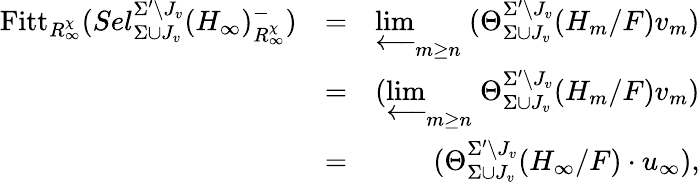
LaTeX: \begin{array}{rlr}{\mathrm{Fitt}_{R_{\infty}^{\chi}}(Sel_{\Sigma\cup J_{v}}^{\Sigma^{\prime}\setminus J_{v}}(H_{\infty})_{R_{\infty}^{\chi}}^{-})}&{=}&{\varprojlim_{m\geq n}\mathrm{~}(\Theta_{\Sigma\cup J_{v}}^{\Sigma^{\prime}\setminus J_{v}}(H_{m}/F)v_{m})}\\ &{=}&{(\varprojlim_{m\geq n}\mathrm{~}\Theta_{\Sigma\cup J_{v}}^{\Sigma^{\prime}\setminus J_{v}}(H_{m}/F)v_{m})}\\ &{=}&{(\Theta_{\Sigma\cup J_{v}}^{\Sigma^{\prime}\setminus J_{v}}(H_{\infty}/F)\cdot u_{\infty}),}\end{array}